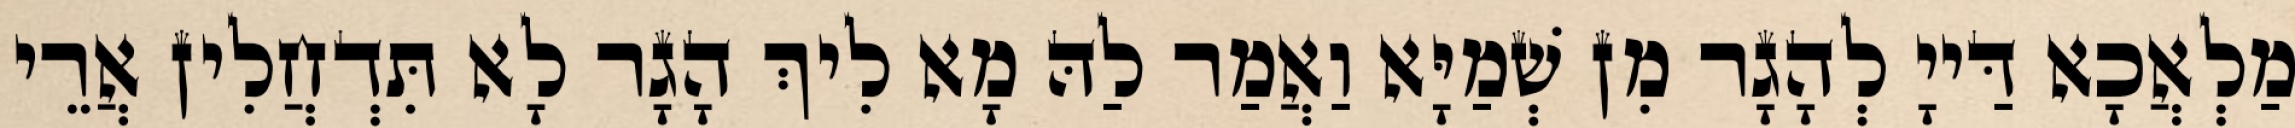
מַלְאֲכָא דַּייָ לְהָגָר מִן שְׁמַיָּא וַאֲמַר לַהּ מָא לִיךְ הָגָר לָא תִּדְחֲלִין אֲרֵי